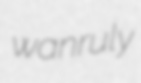
wanruly